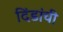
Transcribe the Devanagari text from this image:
दिंडांची